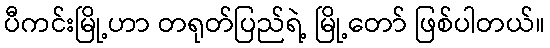
ပီကင်းမြို့ဟာ တရုတ်ပြည်ရဲ့ မြို့တော် ဖြစ်ပါတယ်။